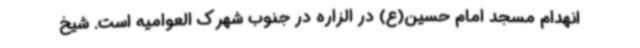
انهدام مسجد امام حسین(ع) در الزاره در جنوب شهرک العوامیه است. شیخ